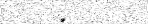
.